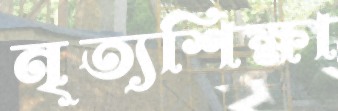
নৃত্যশিক্ষা